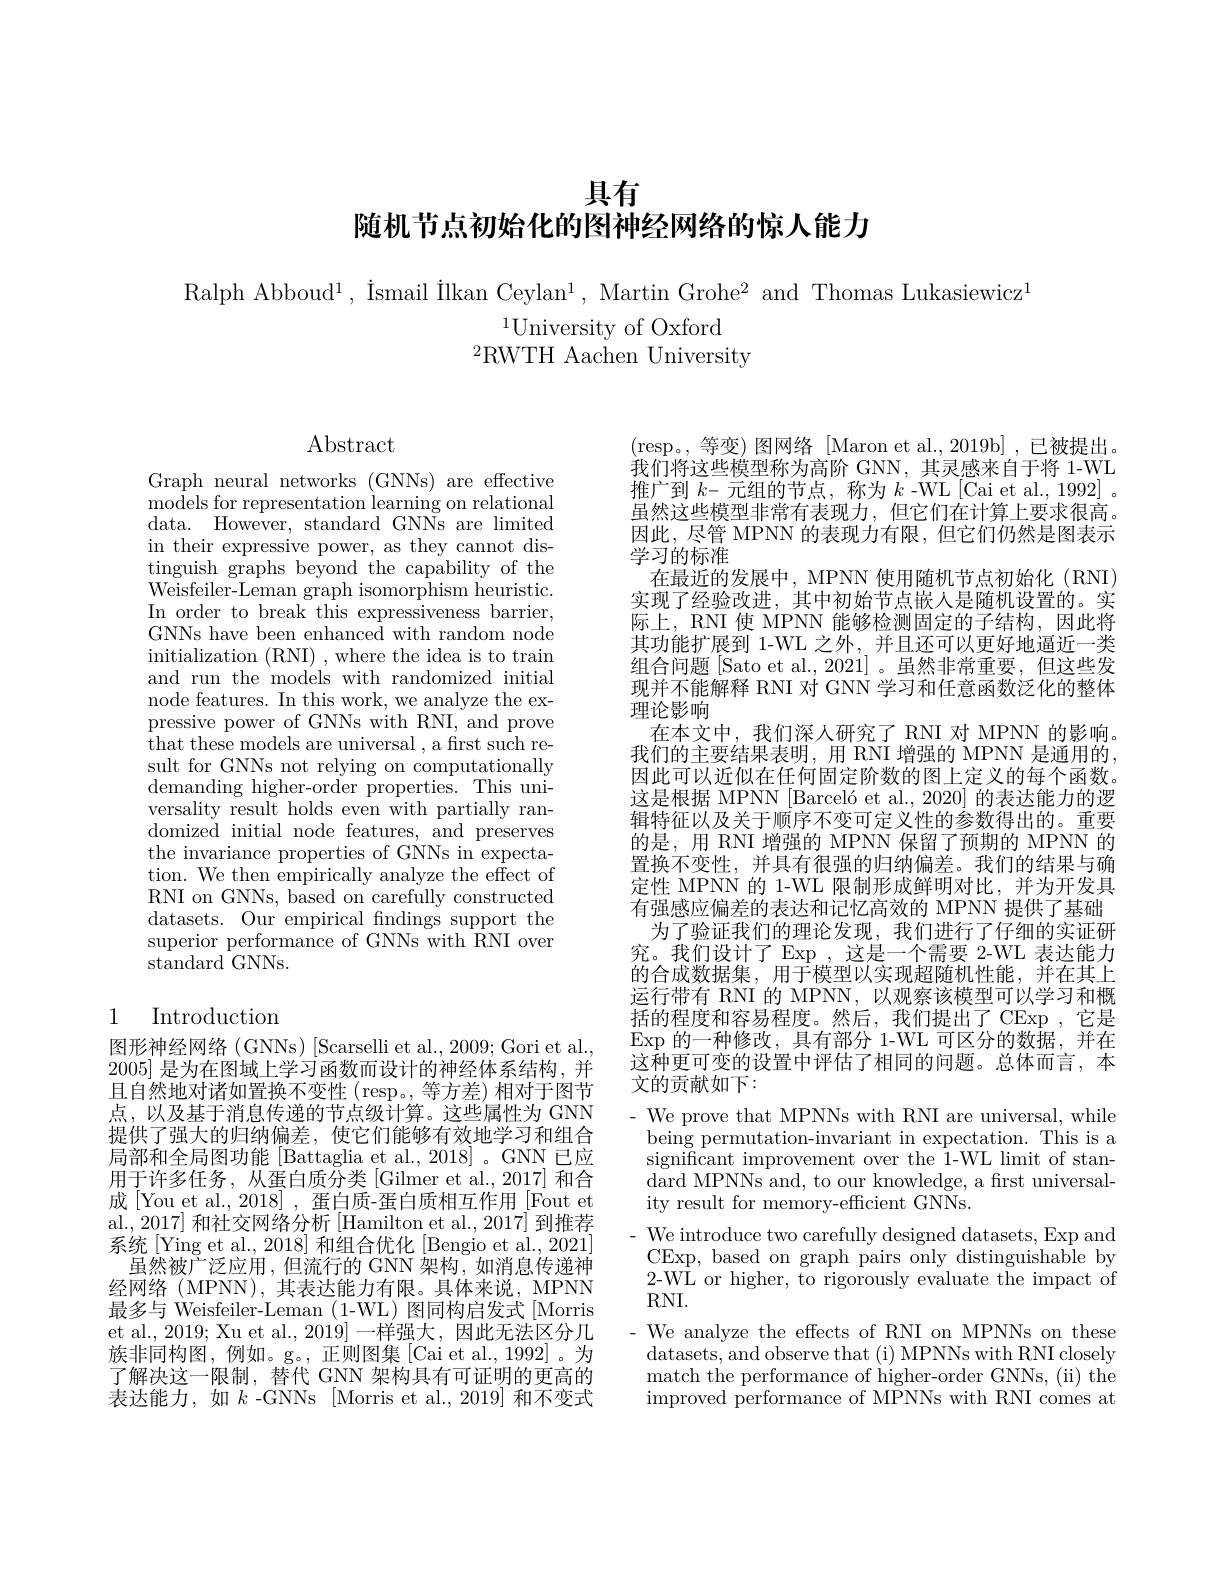
# 具有
随机节点初始化的图神经网络的惊人能力

Ralph Abboud$^1$, Ismail IIkan Ceylan$^1$, Martin Grohe$^2$ and Thomas Lukasiewicz$^{\mathrm{l}}$

$^{1}$University of Oxford
${}^{2}$RWTH Aachen University

Abstract

Graph neural networks (GNNs) are effective models for representation learning on relational data. However, standard GNNs are limited in their expressive power, as they cannot distinguish graphs beyond the capability of the Weisfeiler-Leman graph isomorphism heuristic. In order to break this expressiveness barrier, GNNs have been enhanced with random node initialization (RNI) , where the idea is to train and run the models with randomized initial node features. In this work, we analyze the expressive power of GNNs with RNI, and prove that these models are universal , a first such result for GNNs not relying on computationally demanding higher-order properties. This universality result holds even with partially randomized initial node features, and preserves the invariance properties of GNNs in expectation. We then empirically analyze the effect of RNI on GNNs, based on carefully constructed datasets. Our empirical findings support the superior performance of GNNs with RNI over $\bar{\mathrm{standard~GNNs.}}$

## 1 Introduction

图形神经网络 (GNNs) [Scarselli et al., 2009; Gori et al., 2005]是为在图域上学习函数而设计的神经体系结构，并且自然地对诸如置换不变性(resp。,等方差)相对于图节点，以及基于消息传递的节点级计算。这些属性为 GNN 提供了强大的归纳偏差，使它们能够有效地学习和组合局部和全局图功能[Battaglia et al., 2018]。GNN 已应用于许多任务，从蛋白质分类[Gilmer et al., 2017] 和合成[You et al., 2018], 蛋白质-蛋白质相互作用[Fout et al., 2017] 和社交网络分析 [Hamilton et al., 2017] 到推荐系统[Ying et al., 2018] 和组合优化[Bengio et al., 2021] 虽然被广泛应用，但流行的 GNN 架构，如消息传递神
经网络(MPNN),其表达能力有限。具体来说，MPNN 最多与 Weisfeiler-Leman (1-WL) 图同构启发式[Morris et al., 2019; Xu et al., 2019] 一样强大，因此无法区分几族非同构图，例如。g。,正则图集[Cai et al.,1992]。为了解决这一限制，替代 GNN 架构具有可证明的更高的表达能力，如$k$ -GNNs [Morris et al., 2019] 和不变式

(resp。,等变)图网络[Maron et al.,2019b],已被提出。我们将这些模型称为高阶 GNN,其灵感来自于将 1-WL 推广到$k-$元组的节点，称为$k$ -WL [Cai et al., 1992] . 虽然这些模型非常有表现力，但它们在计算上要求很高。因此，尽管 MPNN 的表现力有限，但它们仍然是图表示学习的标准
在最近的发展中，MPNN 使用随机节点初始化 (RNI) 实现了经验改进，其中初始节点嵌入是随机设置的。实际上，RNI 使 MPNN 能够检测固定的子结构，因此将其功能扩展到 1-WL 之外，并且还可以更好地逼近一类组合问题 [Sato et al., 2021] 。虽然非常重要，但这些发现并不能解释 RNI 对 GNN 学习和任意函数泛化的整体理论影响
在本文中，我们深人研究了 RNI 对 MPNN 的影响。我们的主要结果表明，用 RNI 增强的 MPNN 是通用的因此可以近似在任何固定阶数的图上定义的每个函数。这是根据 MPNN [Barceló et al., 2020] 的表达能力的逻辑特征以及关于顺序不变可定义性的参数得出的。重要的是，用 RNI 增强的 MPNN 保留了预期的 MPNN 的置换不变性，并具有很强的归纳偏差。我们的结果与确定性 MPNN 的 1-WL 限制形成鲜明对比，并为开发具有强感应偏差的表达和记忆高效的 MPNN 提供了基础
为了验证我们的理论发现，我们进行了仔细的实证研究。我们设计了 Exp ,这是一个需要 2-WL 表达能力的合成数据集，用于模型以实现超随机性能，并在其上运行带有 RNI 的 MPNN, 以观察该模型可以学习和概括的程度和容易程度。然后，我们提出了CExp ,它是$\operatorname{Exp}$的一种修改，具有部分 1-WL 可区分的数据，并在这种更可变的设置中评估了相同的问题。总体而言，本文的贡献如下：
- We prove that MPNNs with RNI are universal, while being permutation-invariant in expectation. This is a significant improvement over the 1-WL limit of stan- ${\mathrm{dard~MPNNs~and,~to~our~knowledge,~a~frst~universal-}}$ ity result for memory-efficient GNNs.
- We introduce two carefully designed datasets, Exp and CExp, based on graph pairs only distinguishable by 2-WL'or higher, to rigorously evaluate the impact of $RNI.$
We analyze the effects of RNI on MPNNs on these datasets, and observe that (i) MPNNs with RNI closely match the performance of higher-order GNNs, (ii) the improved performance of MPNNs with RNI comes at